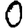
Digit: 0